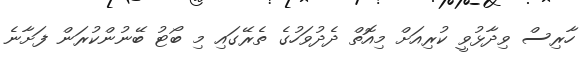
ހާރިސް ވިދާޅުވީ ކުރިއަށް މިއޮތް ދެދުވަހުގެ ތެރޭގައި މި ބޯޓު ބޭނުންކުރަން ފަށާނެ